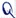
Text: Q